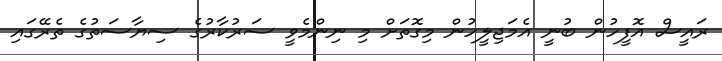
ރައީސް އޮފީހުން ބުނީ އެމަޖިލީހުން މިގޮތަށް މި ނިންމެވީ ސަރުކާރުގެ ސިޔާސަތުގެ ތެރޭގައި